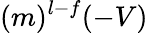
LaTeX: (m)^{l-f}(-V)